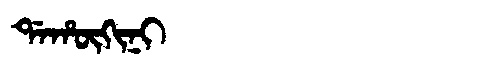
Manchu: ᡩᠠᡥᡡᡴᡳᠨᡳ
Romanization: DAHŪKINI